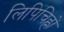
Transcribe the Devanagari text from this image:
लिपिचिह्नों